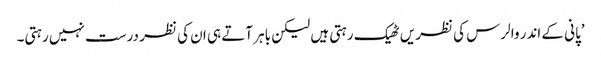
’پانی کے اندر والرس کی نظریں ٹھیک رہتی ہیں لیکن باہر آتے ہی ان کی نظر درست نہیں رہتی۔